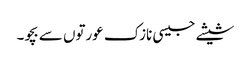
شیشے جیسی نازک عورتوں سے بچو۔